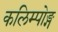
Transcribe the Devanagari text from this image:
कलिम्पोङ्ग